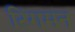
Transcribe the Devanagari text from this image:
रिंगमन